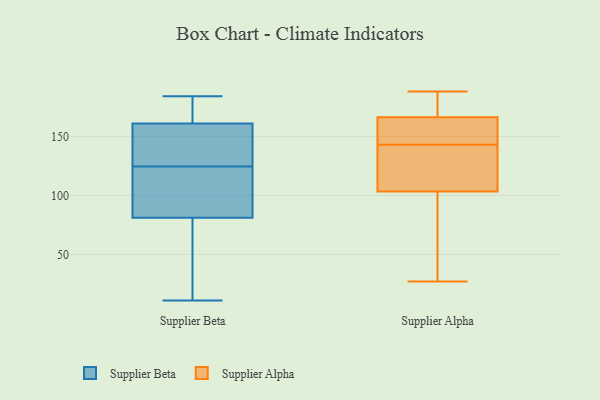
{"axis": {"x": "Shipments", "y": "Value"}, "legend": ["Supplier Alpha", "Supplier Beta"], "data": [{"x": "", "y": 135, "type": "Supplier Beta"}, {"x": "", "y": 94, "type": "Supplier Beta"}, {"x": "", "y": 11, "type": "Supplier Beta"}, {"x": "", "y": 184, "type": "Supplier Beta"}, {"x": "", "y": 27, "type": "Supplier Beta"}, {"x": "", "y": 59, "type": "Supplier Beta"}, {"x": "", "y": 161, "type": "Supplier Beta"}, {"x": "", "y": 164, "type": "Supplier Beta"}, {"x": "", "y": 91, "type": "Supplier Beta"}, {"x": "", "y": 120, "type": "Supplier Beta"}, {"x": "", "y": 169, "type": "Supplier Beta"}, {"x": "", "y": 81, "type": "Supplier Beta"}, {"x": "", "y": 155, "type": "Supplier Beta"}, {"x": "", "y": 179, "type": "Supplier Beta"}, {"x": "", "y": 44, "type": "Supplier Beta"}, {"x": "", "y": 139, "type": "Supplier Beta"}, {"x": "", "y": 95, "type": "Supplier Beta"}, {"x": "", "y": 129, "type": "Supplier Beta"}, {"x": "", "y": 39, "type": "Supplier Alpha"}, {"x": "", "y": 50, "type": "Supplier Alpha"}, {"x": "", "y": 144, "type": "Supplier Alpha"}, {"x": "", "y": 140, "type": "Supplier Alpha"}, {"x": "", "y": 74, "type": "Supplier Alpha"}, {"x": "", "y": 173, "type": "Supplier Alpha"}, {"x": "", "y": 143, "type": "Supplier Alpha"}, {"x": "", "y": 141, "type": "Supplier Alpha"}, {"x": "", "y": 146, "type": "Supplier Alpha"}, {"x": "", "y": 165, "type": "Supplier Alpha"}, {"x": "", "y": 167, "type": "Supplier Alpha"}, {"x": "", "y": 113, "type": "Supplier Alpha"}, {"x": "", "y": 168, "type": "Supplier Alpha"}, {"x": "", "y": 188, "type": "Supplier Alpha"}, {"x": "", "y": 133, "type": "Supplier Alpha"}, {"x": "", "y": 27, "type": "Supplier Alpha"}, {"x": "", "y": 166, "type": "Supplier Alpha"}]}